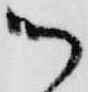
御